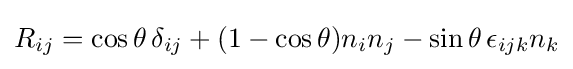
R_{ij}=\cos \theta \,\delta _{ij}+(1-\cos \theta )n_{i}n_{j}-\sin \theta \,\epsilon _{ijk}n_{k}